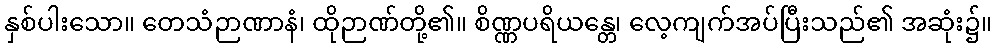
နှစ်ပါးသော။ တေသံဉာဏာနံ၊ ထိုဉာဏ်တို့၏။ စိဏ္ဏပရိယန္တေ၊ လေ့ကျက်အပ်ပြီးသည်၏ အဆုံး၌။